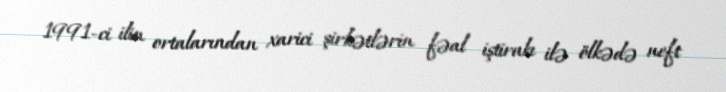
1991-ci ilin ortalarından xarici şirkətlərin fəal iştirakı ilə ölkədə neft